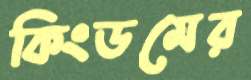
কিংডমের